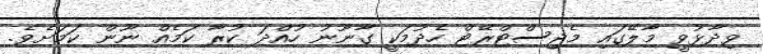
ވިދާޅުވީ މާލޭގައި މެޖިސްޓްރޭޓް ހެދުމަކީ ގާނޫނު ހުއްދަ ކުރާ ކަމެއް ނޫން ކަމަށެވެ.